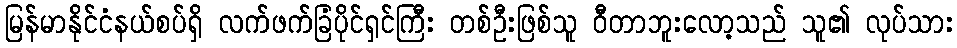
မြန်မာနိုင်ငံနယ်စပ်ရှိ လက်ဖက်ခြံပိုင်ရှင်ကြီး တစ်ဦးဖြစ်သူ ဝီတာဘူးလော့သည် သူ၏ လုပ်သား